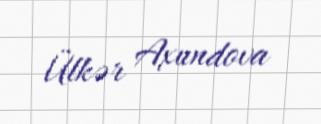
Ülkər Axundova